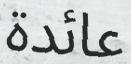
عائدة